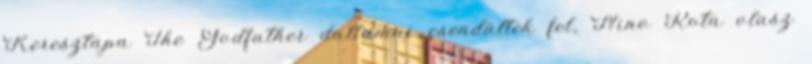
Keresztapa The Godfather dallamai csendültek fel, Nino Rota olasz